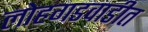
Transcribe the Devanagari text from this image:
लोहगडवाडीत